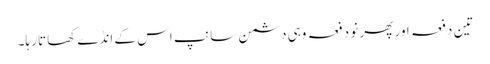
تین دفعہ اور پھر نو دفعہ وہی دشمن سانپ اس کے انڈے کھاتا رہا۔